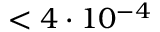
< 4 \cdot 1 0 ^ { - 4 }